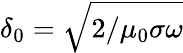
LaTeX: \delta_{0}=\sqrt{2/\mu_{0}\sigma\omega}